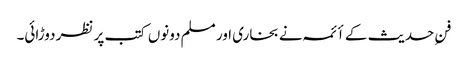
فنِ حدیث کے أئمہ نے بخاری اور مسلم دونوں کتب پر نظر دوڑائی۔